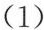
(1)